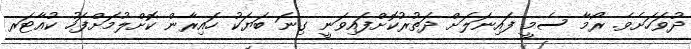
ދުވަހަށެވެ. ރޯމާ ސެމީ ފައިނަލަށް ދަތުރުކޮށްފައިވަނީ ގިނަ ބަޔަކު ހައިރާން ކޮށްލުމަށްފަހު ކުއާޓަރ